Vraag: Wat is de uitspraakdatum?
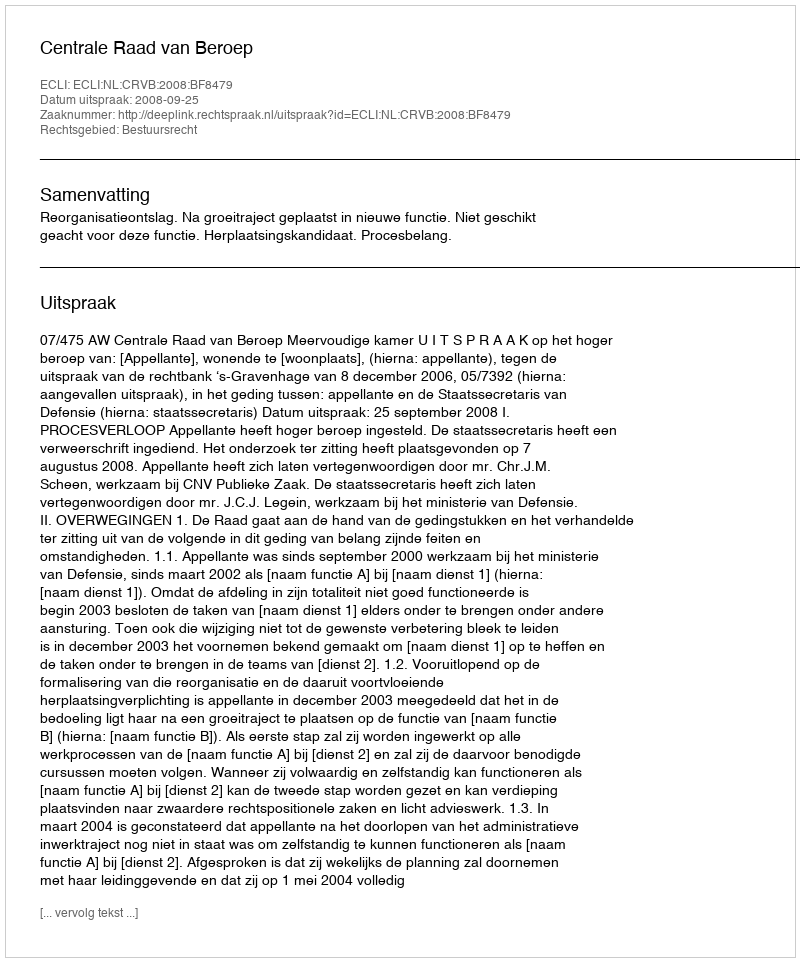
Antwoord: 2008-09-25